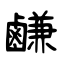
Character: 鹻